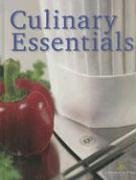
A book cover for Culinary Essentials, Student Edition; McGraw-Hill Education; Teen & Young Adult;